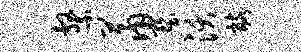
系萧墅沃髂